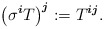
\begin{align*} \left( \sigma^{\boldsymbol{i} } T \right)^{\boldsymbol{j} } := T^{\boldsymbol{i} \boldsymbol{j} } . \end{align*}